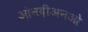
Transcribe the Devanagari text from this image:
ओनदीअनओ